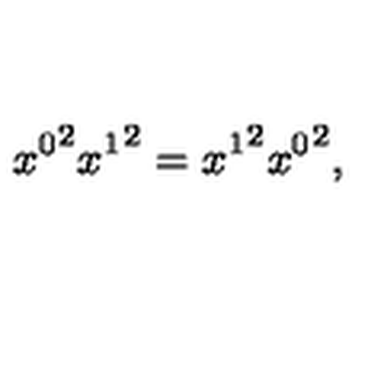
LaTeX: { x ^ { 0 } } ^ { 2 } { x ^ { 1 } } ^ { 2 } = { x ^ { 1 } } ^ { 2 } { x ^ { 0 } } ^ { 2 } ,